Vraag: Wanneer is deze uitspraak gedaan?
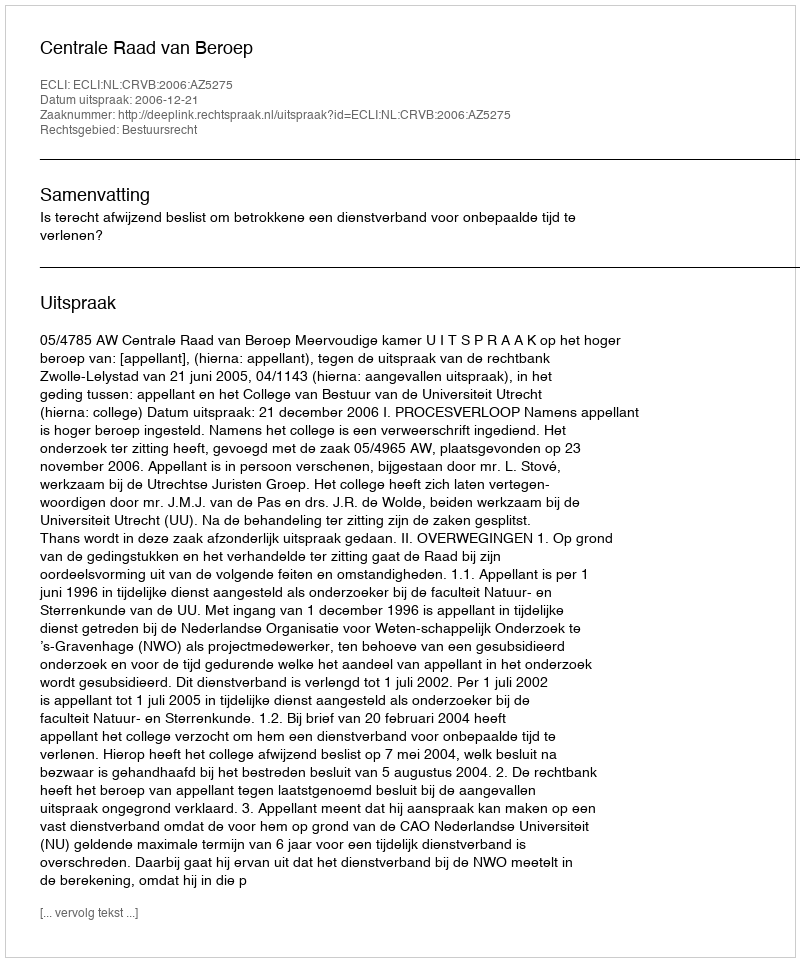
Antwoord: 2006-12-21